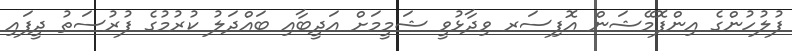
ފުލުހުންގެ އިންފޮމޭޝަން އޮފިސަރ ވިދާޅުވީ ޝަމީމަށް އަދީބާއި ބައްދަލު ކުރުމުގެ ފުރުސަތު ދީފައި